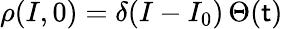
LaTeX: \rho(I,0)=\delta(I-I_{0})\, \Theta(\mathsf{t})